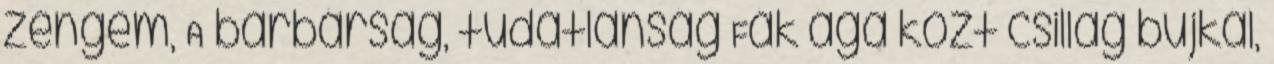
zengem, A barbárság, tudatlanság Fák ága közt csillag bujkál,